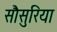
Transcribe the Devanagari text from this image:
सौसुरिया